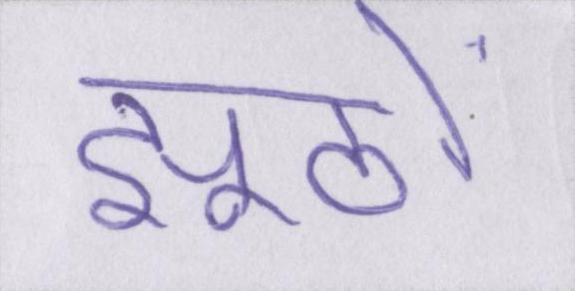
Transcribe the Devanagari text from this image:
झूठों